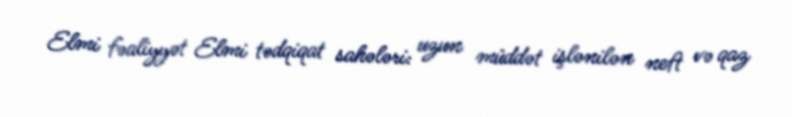
Elmi fəaliyyət Elmi tədqiqat sahələri: uzun müddət işlənilən neft və qaz